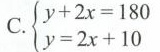
C.$$\left\{ \begin{matrix} y+2x=180 \\ y=2x+10 \\ \end{matrix} \right.$$